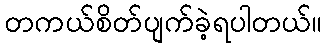
တကယ်စိတ်ပျက်ခဲ့ရပါတယ်။